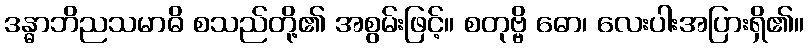
ဒန္ဓာဘိညသမာဓိ စသည်တို့၏ အစွမ်းဖြင့်။ စတုဗ္ဗိ ဓော၊ လေးပါးအပြားရှိ၏။